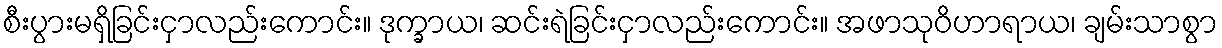
စီးပွားမရှိခြင်းငှာလည်းကောင်း။ ဒုက္ခာယ၊ ဆင်းရဲခြင်းငှာလည်းကောင်း။ အဖာသုဝိဟာရာယ၊ ချမ်းသာစွာ